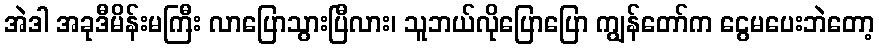
အဲဒါ အခုဒီမိန်းမကြီး လာပြောသွားပြီလား၊ သူဘယ်လိုပြောပြော ကျွန်တော်က ငွေမပေးဘဲတော့